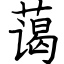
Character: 蔼